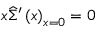
x \widehat { \Sigma } ^ { \prime } \left( x \right) _ { x = 0 } = 0